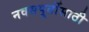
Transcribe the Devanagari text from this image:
नवसपूर्तीसाठी